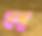
ন